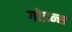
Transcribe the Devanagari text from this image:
गोइन्स